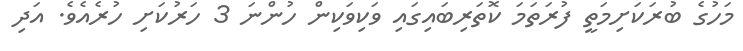
މަހުގެ ބުރަކަށިމަތީ ފުރަތަމަ ކޮތަރިބައިގައި ވަކިވަކިން ހުންނަ 3 ހަރުކަށި ހުރެއެވެ. އަދި